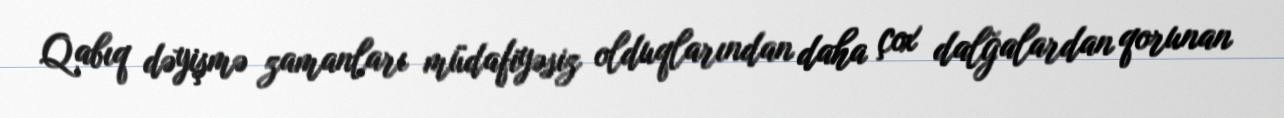
Qabıq dəyişmə zamanları müdafiyəsiz olduqlarından daha çox dalğalardan qorunan